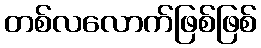
တစ်လလောက်ဖြစ်ဖြစ်